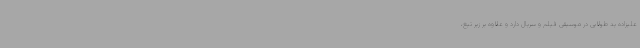
علیزاده ید طولایی در موسیقی فیلم و سریال دارد و علاوه بر زیر تیغ،